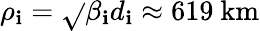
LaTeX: \rho_{\mathbf{i}}=\sqrt{}{{\beta_{\mathbf{i}}}}d_{\mathbf{i}}\approx619~\mathrm{{km}}